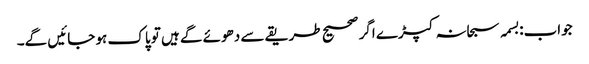
جواب:بسمہ سبحانہ کپڑے اگر صحیح طریقے سے دھوئے گے ہیں تو پاک ہو جائیں گے۔